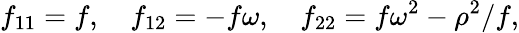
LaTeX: f_{11}=f,\quad f_{12}=-f\omega,\quad f_{22}=f\omega^{2}-\rho^{2}/f,